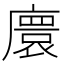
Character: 𫸁